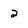
Character: 2